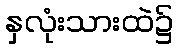
နှလုံးသားထဲ၌